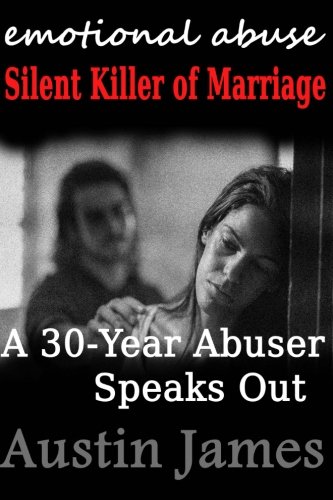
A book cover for Emotional Abuse Silent Killer of Marriage - A Recovering Abuser Speaks Out; Austin James; Parenting & Relationships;